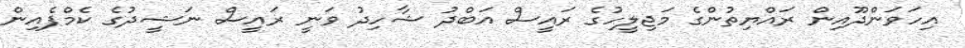
އިހަވަންދޫއިން ރައްޔިތުންގެ މަޖިލީހުގެ ރައީސް އަބްދު ޝާހިދު ވަނީ ރައީސް ނަޝީދުގެ ކެމްޕެއިން